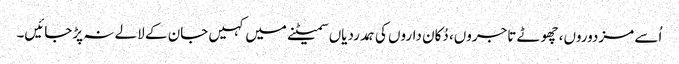
اُسے مزدوروں، چھوٹے تاجروں، دُکان داروں کی ہمدردیاں سمیٹنے میں کہیں جان کے لالے نہ پڑجائیں۔